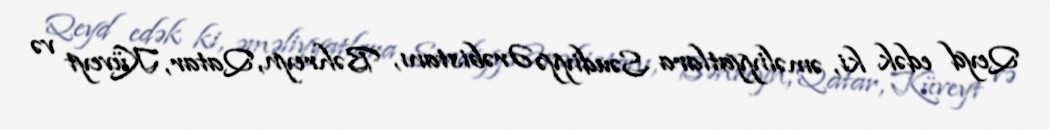
Qeyd edək ki, əməliyyatlara Səudiyyə Ərəbistanı, Bəhreyn, Qatar, Küveyt və